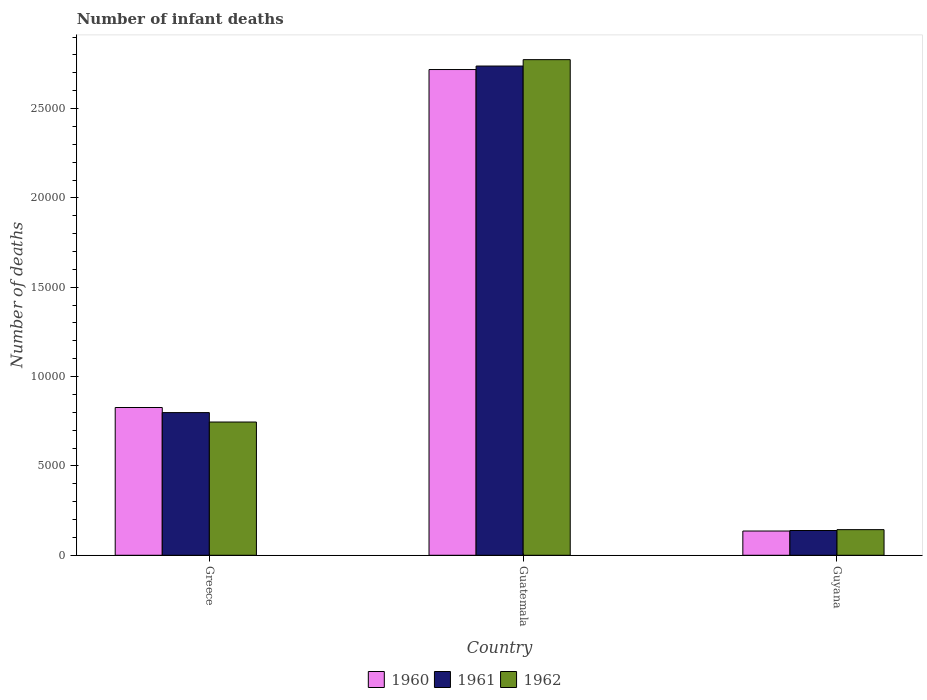
| Country | 1960 | 1961 | 1962 |
 | --- | --- | --- | --- |
 | Greece | 8.27e+03 | 7.98e+03 | 7.46e+03 |
 | Guatemala | 2.72e+04 | 2.74e+04 | 2.77e+04 |
 | Guyana | 1.36e+03 | 1.39e+03 | 1.43e+03 |